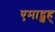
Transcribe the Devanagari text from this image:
एमाद्शह्